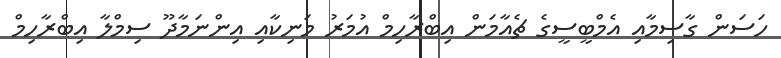
ހަސަން ގާސިމާއި އެމްބީސީގެ ޗެއާމަން އިބްރާހިމް އުމަރު މަނިކާއި އިންނަމާދޫ ސިމްލާ އިބްރާހިމް